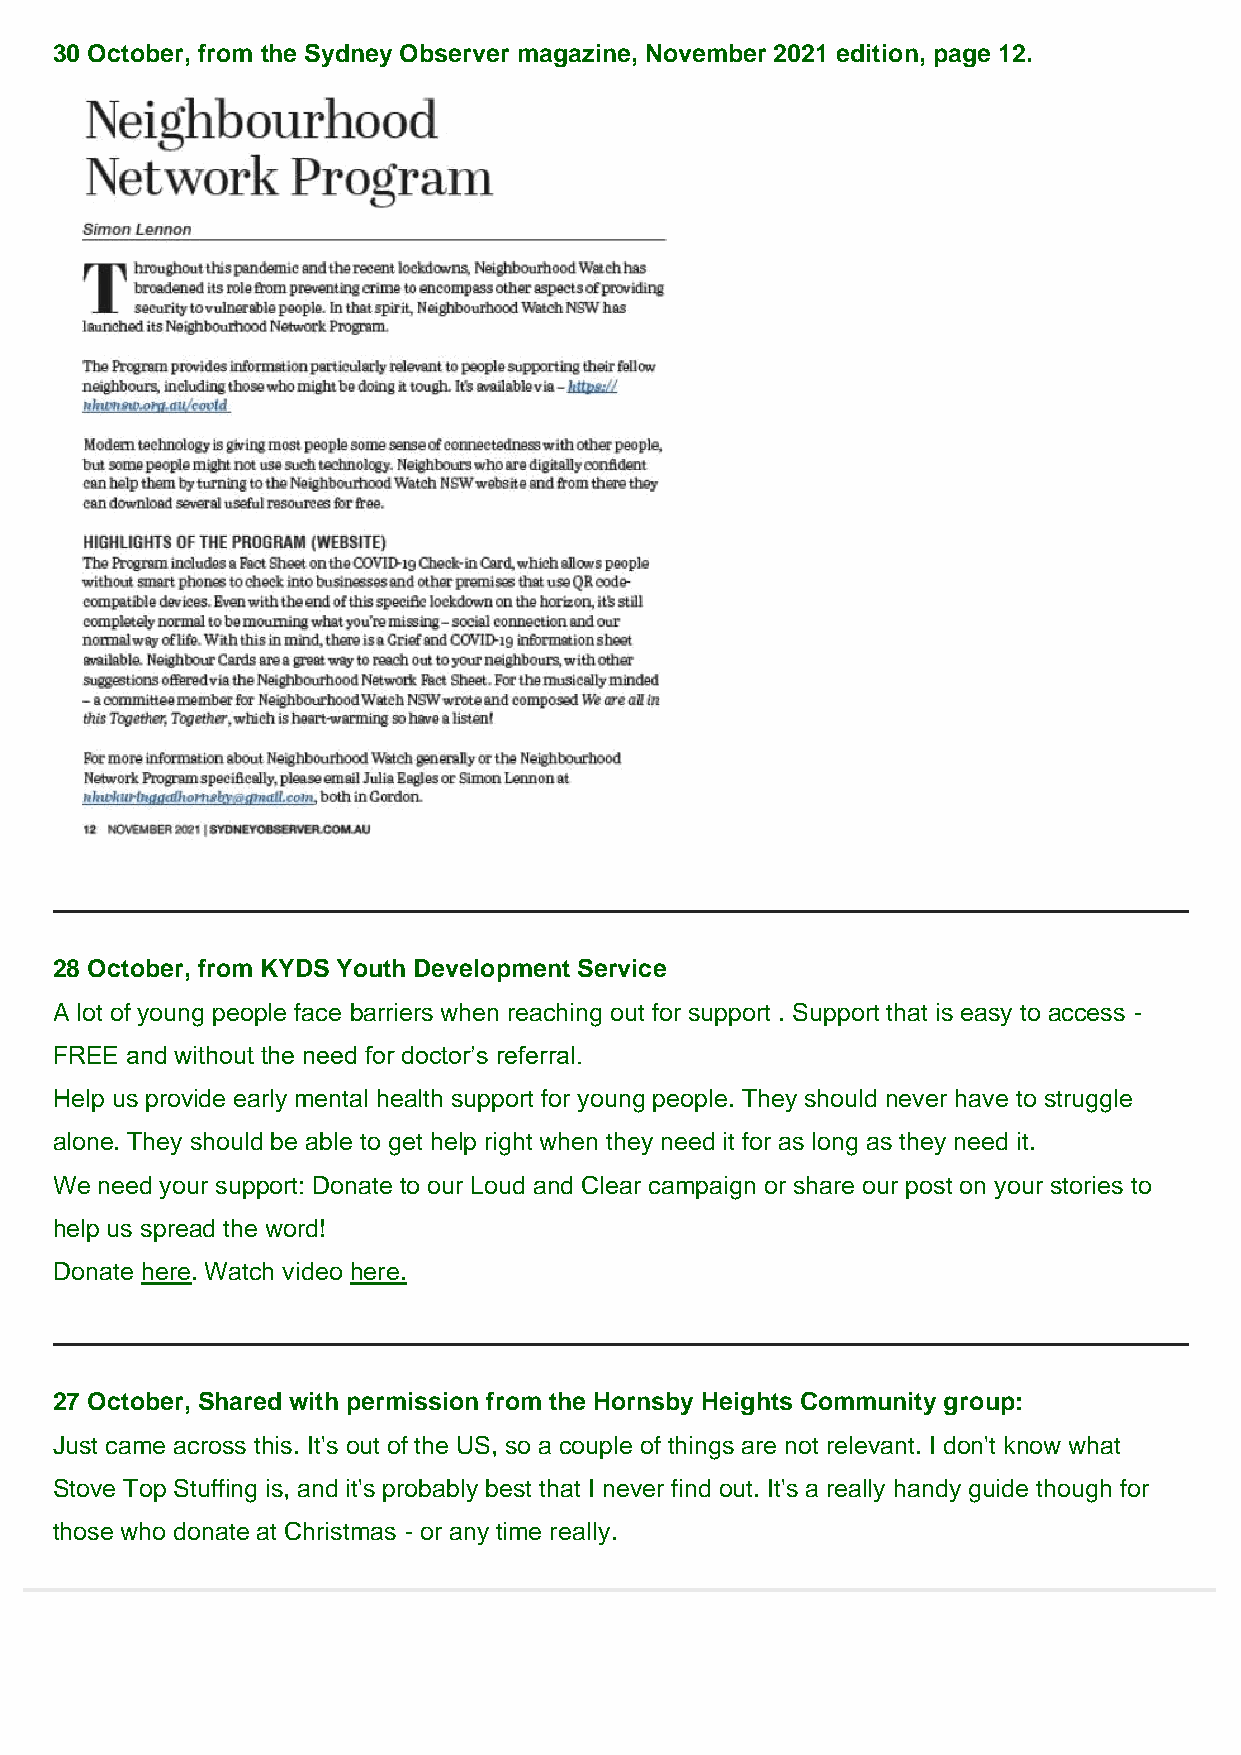
30 October, from the Sydney Observer magazine, November 2021 edition, page 12.
 28 October, from KYDS Youth Development Service
 A lot of young people face barriers when reaching out for support . Support that is easy to access -
 FREE and without the need for doctor’s referral.
 Help us provide early mental health support for young people. They should never have to struggle
 alone. They should be able to get help right when they need it for as long as they need it.
 We need your support: Donate to our Loud and Clear campaign or share our post on your stories to
 help us spread the word!
 Donate here. Watch video here.
 27 October, Shared with permission from the Hornsby Heights Community group:
 Just came across this. It's out of the US, so a couple of things are not relevant. I don't know what
 Stove Top Stuffing is, and it's probably best that I never find out. It's a really handy guide though for
 those who donate at Christmas - or any time really.